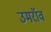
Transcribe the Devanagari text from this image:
उमरॉव